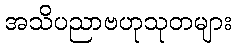
အသိပညာဗဟုသုတများ